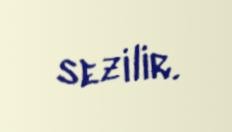
sezilir.